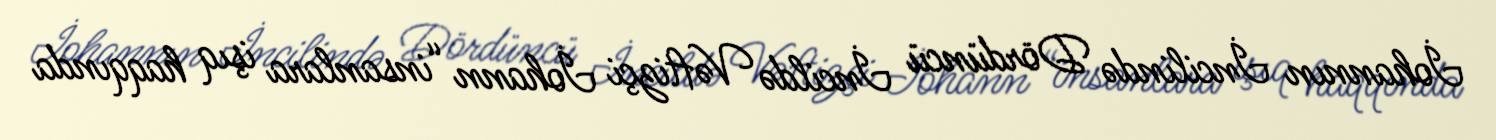
İohannın İncilində Dördüncü İncildə Vəftizçi İohann “insanlara işıq haqqında